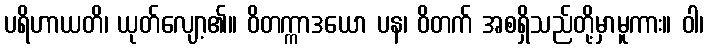
ပရိဟာယတိ၊ ယုတ်လျော့၏။ ဝိတက္ကာဒယော ပန၊ ဝိတက် အစရှိသည်တို့မှာမူကား။ ဝါ၊